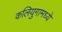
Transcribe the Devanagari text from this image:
कलियुगामध्ये